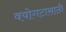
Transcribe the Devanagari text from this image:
वयोगटासाठी